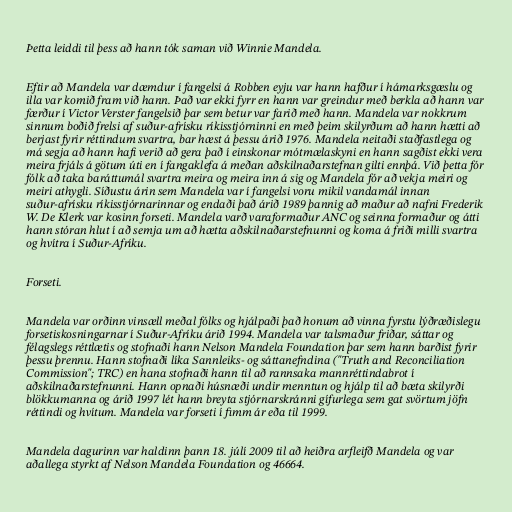
Þetta leiddi til þess að hann tók saman við Winnie Mandela.

Eftir að Mandela var dæmdur í fangelsi á Robben eyju var hann hafður í hámarksgæslu og
illa var komið fram við hann. Það var ekki fyrr en hann var greindur með berkla að hann var
færður í Victor Verster fangelsið þar sem betur var farið með hann. Mandela var nokkrum
sinnum boðið frelsi af suður-afrísku ríkisstjórninni en með þeim skilyrðum að hann hætti að
berjast fyrir réttindum svartra, bar hæst á þessu árið 1976. Mandela neitaði staðfastlega og
má segja að hann hafi verið að gera það í einskonar mótmælaskyni en hann sagðist ekki vera
meira frjáls á götum úti en í fangaklefa á meðan aðskilnaðarstefnan gilti ennþá. Við þetta fór
fólk að taka baráttumál svartra meira og meira inn á sig og Mandela fór að vekja meiri og
meiri athygli. Síðustu árin sem Mandela var í fangelsi voru mikil vandamál innan
suður-afrísku ríkisstjórnarinnar og endaði það árið 1989 þannig að maður að nafni Frederik
W. De Klerk var kosinn forseti. Mandela varð varaformaður ANC og seinna formaður og átti
hann stóran hlut í að semja um að hætta aðskilnaðarstefnunni og koma á friði milli svartra
og hvítra í Suður-Afríku.

Forseti.

Mandela var orðinn vinsæll meðal fólks og hjálpaði það honum að vinna fyrstu lýðræðislegu
forsetiskosningarnar í Suður-Afríku árið 1994. Mandela var talsmaður friðar, sáttar og
félagslegs réttlætis og stofnaði hann Nelson Mandela Foundation þar sem hann barðist fyrir
þessu þrennu. Hann stofnaði líka Sannleiks- og sáttanefndina ("Truth and Reconciliation
Commission"; TRC) en hana stofnaði hann til að rannsaka mannréttindabrot í
aðskilnaðarstefnunni. Hann opnaði húsnæði undir menntun og hjálp til að bæta skilyrði
blökkumanna og árið 1997 lét hann breyta stjórnarskránni gífurlega sem gat svörtum jöfn
réttindi og hvítum. Mandela var forseti í fimm ár eða til 1999.

Mandela dagurinn var haldinn þann 18. júlí 2009 til að heiðra arfleifð Mandela og var
aðallega styrkt af Nelson Mandela Foundation og 46664.